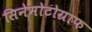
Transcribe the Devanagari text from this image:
सिनेमोटोग्राफ